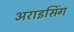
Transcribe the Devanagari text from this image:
अराइसिंग